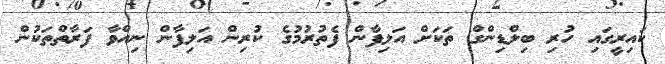
ކައިރީގައި ހުރި ބިލްޑިންގް ތަކަށް އަލިފާން ފެތުރުމުގެ ކުރިން އަލިފާން ނިއްވާ ފަރާތްތަކުން